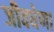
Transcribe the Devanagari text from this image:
जीवधेणा